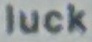
Luck